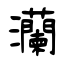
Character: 灡